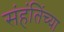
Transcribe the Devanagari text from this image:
संहंतिंच्या